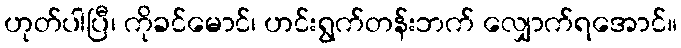
ဟုတ်ပါပြီ၊ ကိုခင်မောင်၊ ဟင်းရွက်တန်းဘက် လျှောက်ရအောင်။